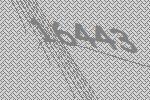
16443